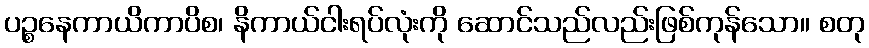
ပဉ္စနေကာယိကာပိစ၊ နိကာယ်ငါးရပ်လုံးကို ဆောင်သည်လည်းဖြစ်ကုန်သော။ စတု